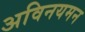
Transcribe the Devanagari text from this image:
अविनयमन